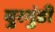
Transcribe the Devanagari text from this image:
बुरगुंडी